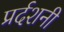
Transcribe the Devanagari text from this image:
प्रर्दशनी